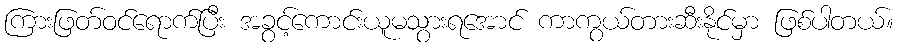
ကြားဖြတ်ဝင်ရောက်ပြီး အခွင့်ကောင်းယူမသွားရအောင် ကာကွယ်တားဆီးနိုင်မှာ ဖြစ်ပါတယ်။